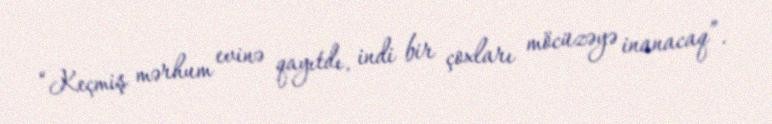
“Keçmiş mərhum evinə qayıtdı, indi bir çoxları möcüzəyə inanacaq”.